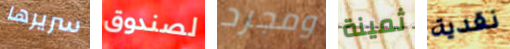
سريرها لصندوق ومجرد ثمينة نقدية